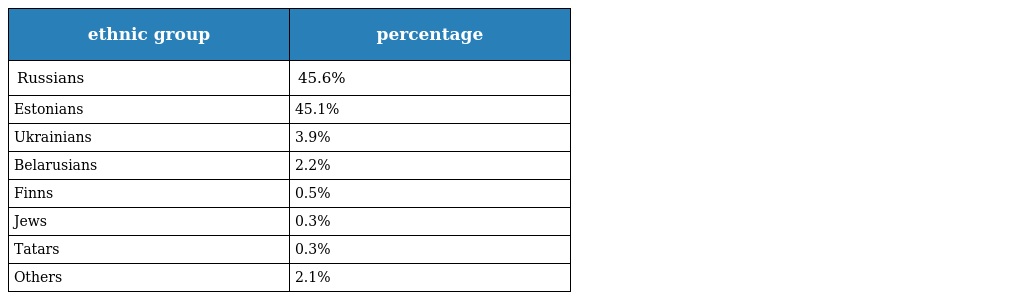
| ethnic group | percentage |
 | --- | --- |
 | Russians | 45.6% |
 | Estonians | 45.1% |
 | Ukrainians | 3.9% |
 | Belarusians | 2.2% |
 | Finns | 0.5% |
 | Jews | 0.3% |
 | Tatars | 0.3% |
 | Others | 2.1% |